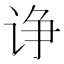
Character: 诤